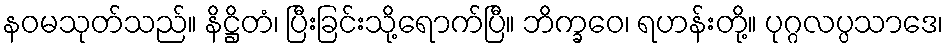
နဝမသုတ်သည်။ နိဋ္ဌိတံ၊ ပြီးခြင်းသို့ရောက်ပြီ။ ဘိက္ခဝေ၊ ရဟန်းတို့။ ပုဂ္ဂလပ္ပသာဒေ၊